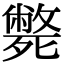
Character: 斃